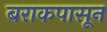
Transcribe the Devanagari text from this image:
बराकपासून